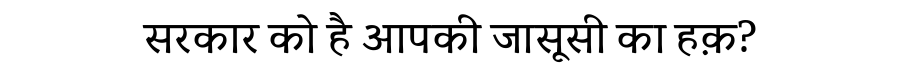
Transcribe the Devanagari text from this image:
सरकार को है आपकी जासूसी का हक़?